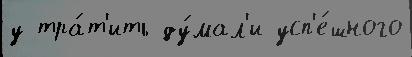
у тра́т'ить ду́мал'и усп'е́шного